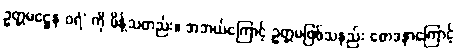
ဥတ္တမဋ္ဌေန ဝရံ’ ကို မိန့်သတည်း။ အဘယ်ကြောင့် ဥတ္တမဖြစ်သနည်း စောဒနာကြောင့်